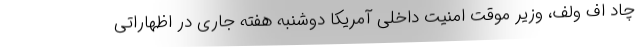
چاد اف ولف، وزیر موقت امنیت داخلی آمریکا دوشنبه هفته جاری در اظهاراتی